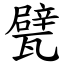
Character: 甓